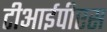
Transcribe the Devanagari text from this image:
टीआईपीएस